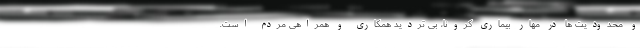
و محدودیت ها در مهار بیماری کرونا، بی تردید همکاری و همراهی مردم است.